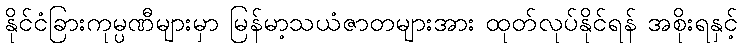
နိုင်ငံခြားကုမ္ပဏီများမှာ မြန်မာ့သယံဇာတများအား ထုတ်လုပ်နိုင်ရန် အစိုးရနှင့်